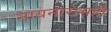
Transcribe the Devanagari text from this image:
नायनारासही